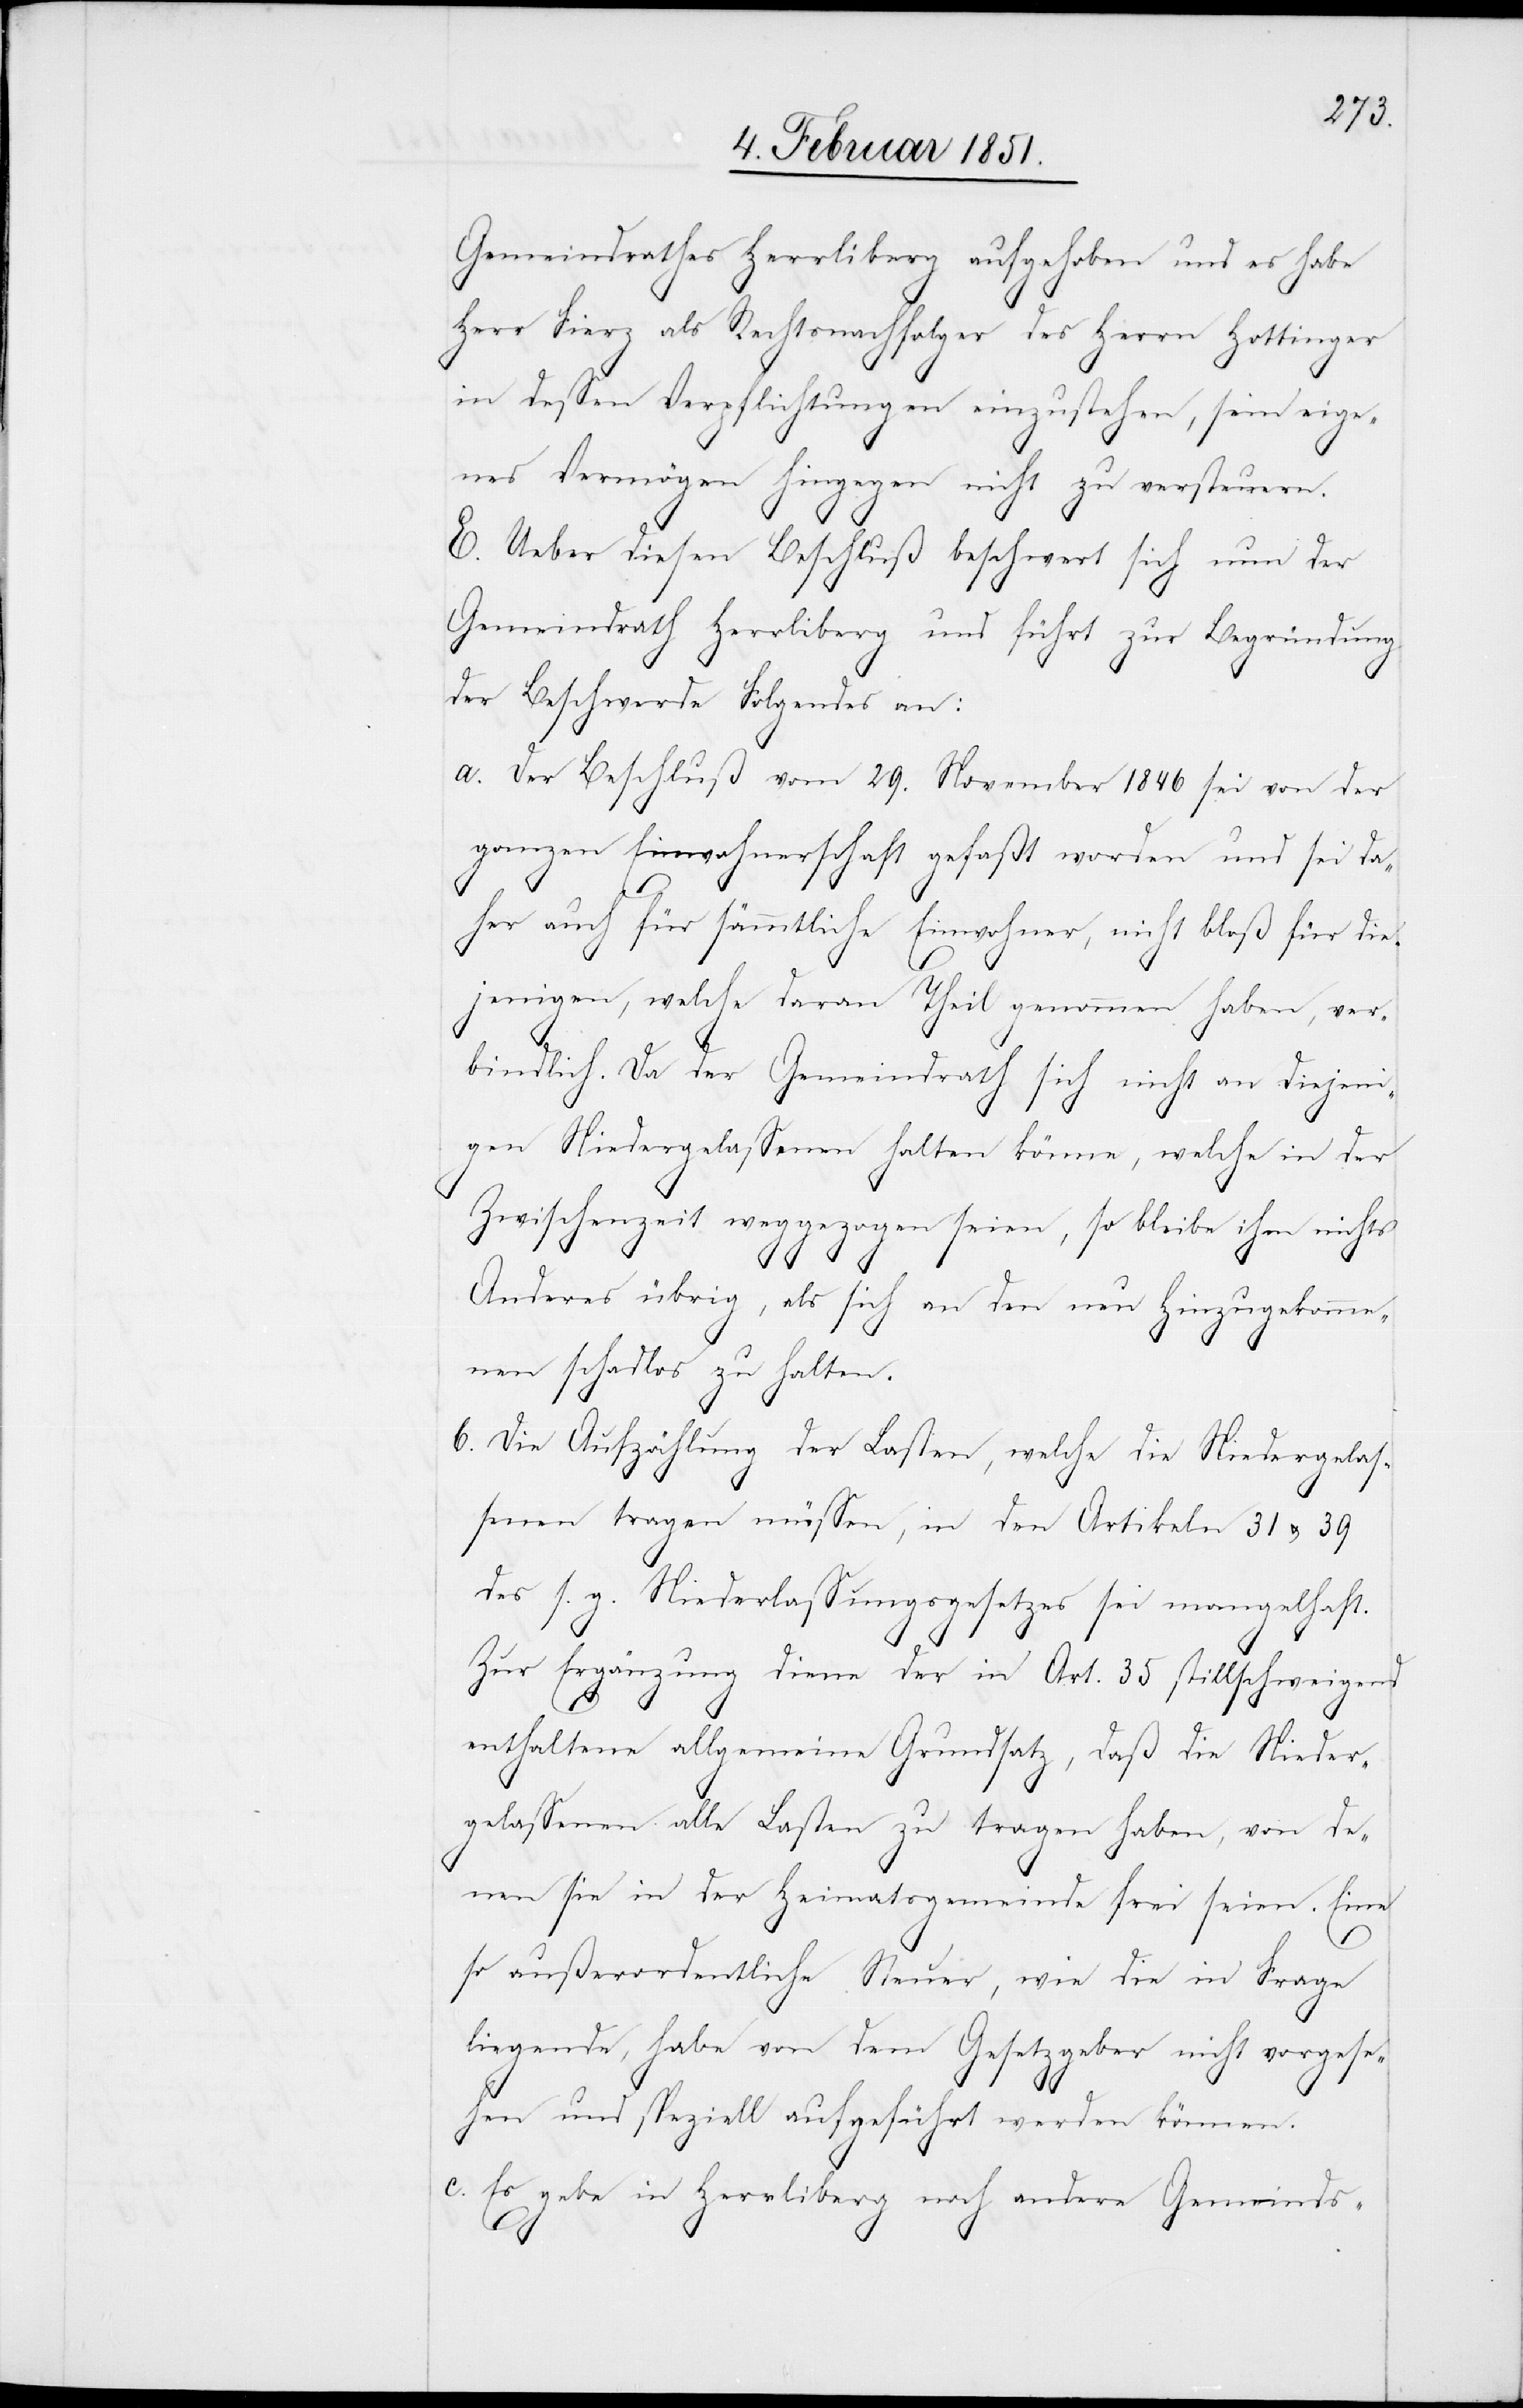
Gemeindrathes Herrliberg aufgehoben und es habe
Herr Fierz als Rechtsnachfolger des Herrn Hottinger
in dessen Verpflichtungen einzustehen, sein eige¬
nes Vermögen hingegen nicht zu versteuern.
E. Ueber diesen Beschluß beschwert sich nun der
Gemeindrath Herrliberg und führt zur Begründung
der Beschwerde Folgendes an:
Der Beschluß vom 29. November 1846 sei von der
ganzen Einwohnerschaft gefaßt worden und sei da¬
her auch für sämmtliche Einwohner, nicht bloß für die¬
jenigen, welche daran Theil genommen haben, ver¬
bindlich. Da der Gemeindrath sich nicht an diejeni¬
gen Niedergelassenen halten könne, welche in der
Zwischenzeit weggezogen seien, so bleibe ihm nichts
Anderes übrig, als sich an den neu Hinzugekomme¬
nen schadlos zu halten.
Die Aufzählung der Lasten, welche die Niedergelas¬
senen tragen müssen, in den Artikeln 31 u. 39
des s. g. Niederlassungsgesetzes sei mangelhaft.
Zur Ergänzung diene der in Art. 35 stillschweigend
enthaltene allgemeine Grundsatz, daß die Nieder¬
gelassenen alle Lasten zu tragen haben, von de¬
nen sie in der Heimatsgemeinde frei seien. Eine
so außerordentliche Steuer, wie die in Frage
liegende, habe von dem Gesetzgeber nicht vorgese¬
hen und speziell aufgeführt werden können.
Es gebe in Herrliberg noch andere Gemeinds-